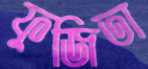
ফুজিতা